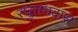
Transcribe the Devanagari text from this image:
रघुत्तमदास